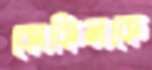
কোকিলকে